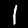
Label: 1